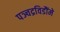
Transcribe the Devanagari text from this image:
पञ्चद्रविडौंमे